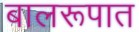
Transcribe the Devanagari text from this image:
बालरूपात